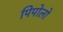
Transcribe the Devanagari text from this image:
पिपोलो